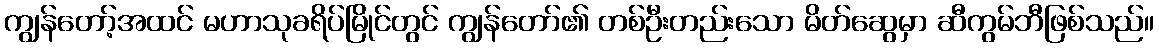
ကျွန်တော့်အထင် မဟာသုခရိပ်မြိုင်တွင် ကျွန်တော်၏ တစ်ဦးတည်းသော မိတ်ဆွေမှာ ဆီကွမ်ဘီဖြစ်သည်။